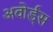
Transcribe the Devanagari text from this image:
अवोर्ड्स